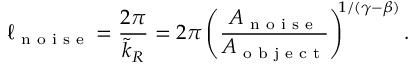
\ell _ { \textrm { n o i s e } } = \frac { 2 \pi } { \widetilde { k } _ { R } } = 2 \pi \left( \frac { A _ { \textrm { n o i s e } } } { A _ { \textrm { o b j e c t } } } \right) ^ { \! \! 1 / ( \gamma - \beta ) } .